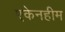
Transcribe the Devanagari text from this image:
एकेनहीम